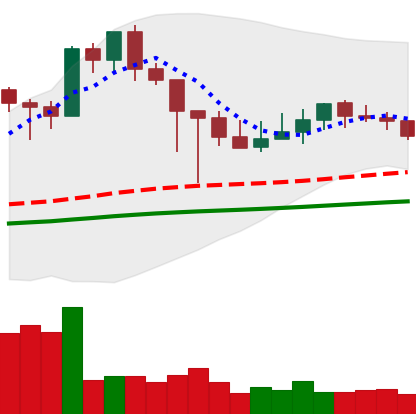
Ticker: XMR-USD
Chart end date: 2021-03-05
Forward return: 6.929%
Label: up_5_7